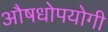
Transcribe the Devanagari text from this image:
औषधोपयोगी